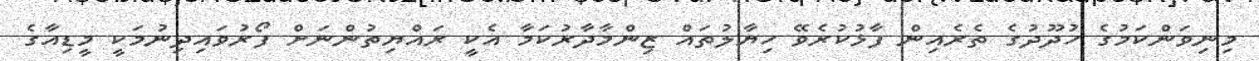
މިނިވަންކަމުގެ ހުދޫދުގެ ތެރެއިން ފާޅުކުރެވޭ ހިޔާލުތައް ޒިންމާދާރުކަމާ އެކީ ރައްޔިތުންނަށް ފޯރުވައިދިނުމަކީ މީޑިއާގެ